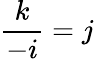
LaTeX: {\frac{k}{-i}}=j